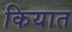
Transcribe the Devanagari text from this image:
कियात